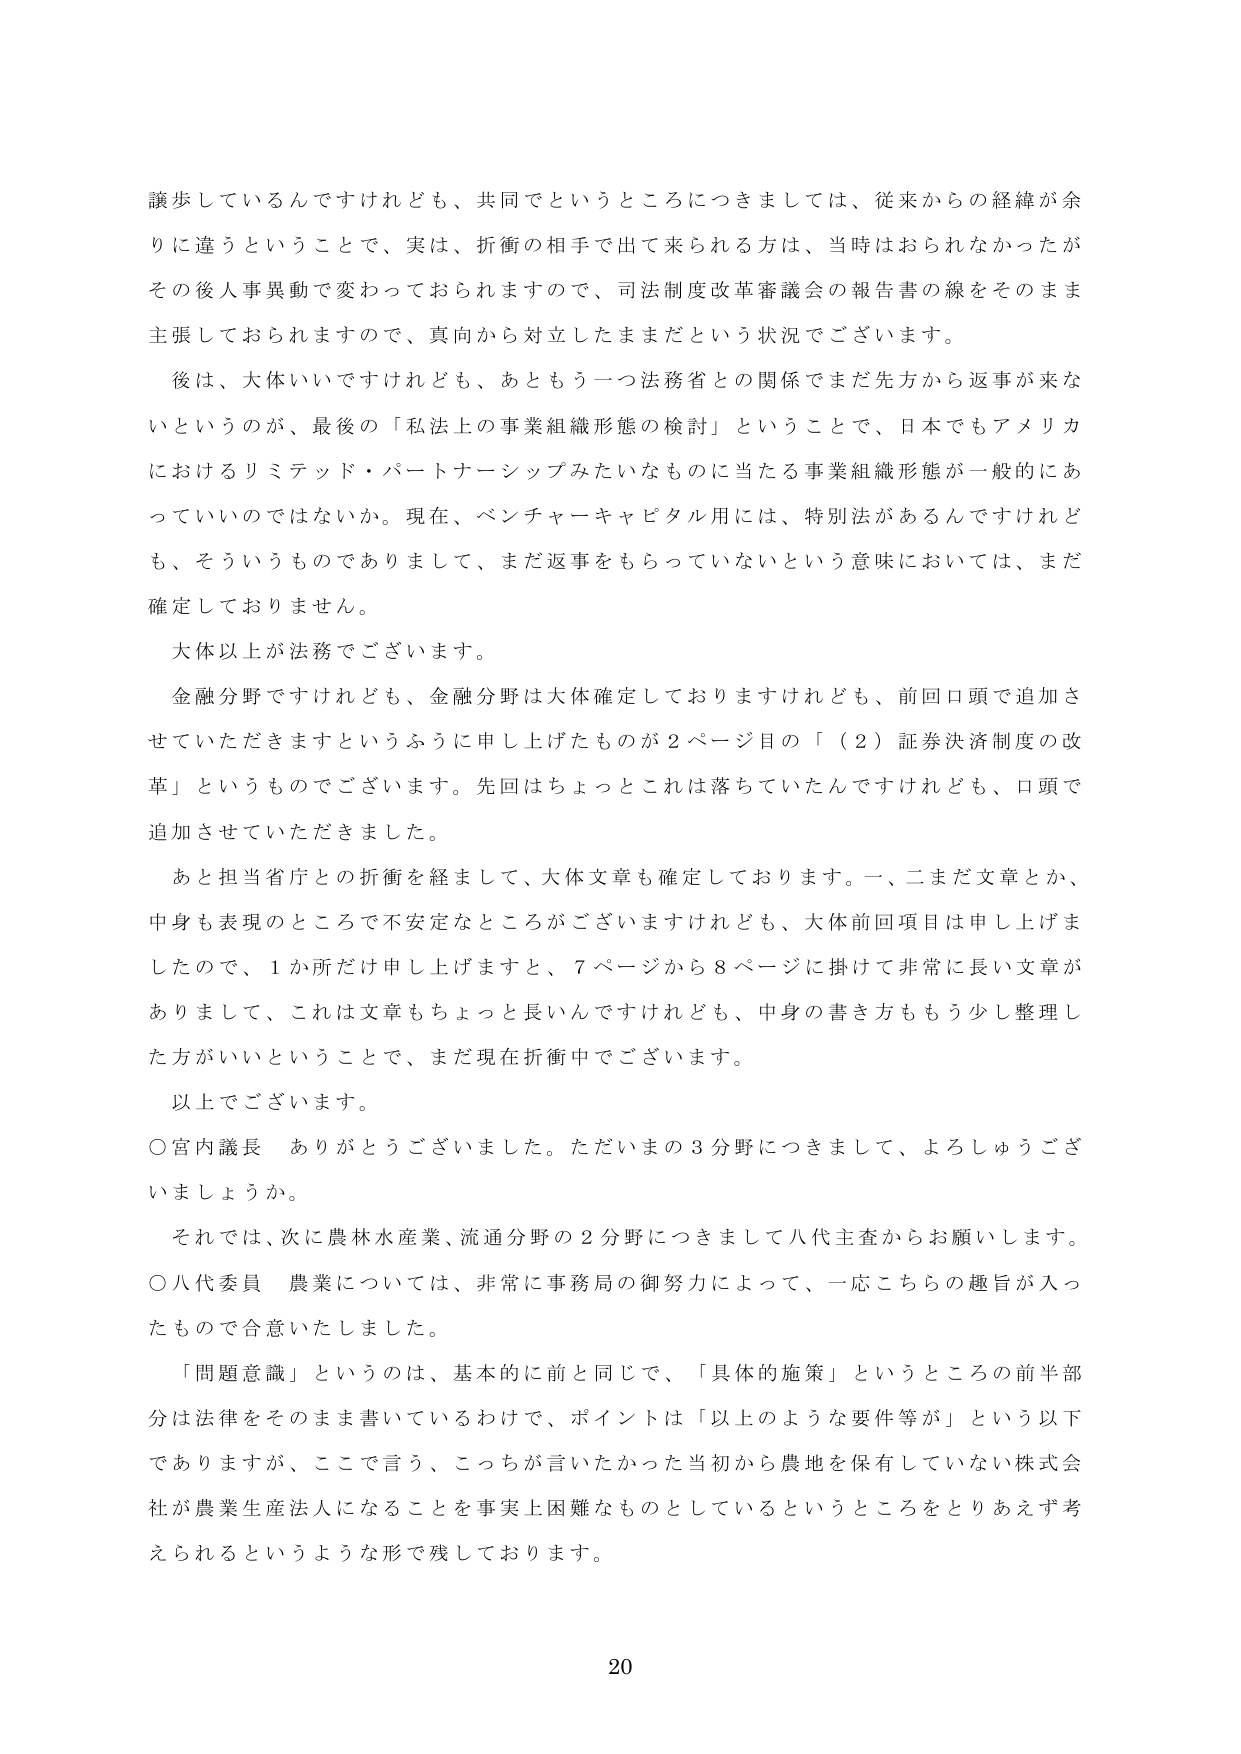
謙歩しているんですけれども、共同でというところにつきましては、従来からの経緯が余りに違うということで、実は、折衝の相手で出て来られる方は、当時はおられなかったがその後人事異動で変わっておられますので、司法制度改革審議会の報告書の線をそのまま主張しておられますので、真向から対立したままだという状況でございます。

後は、大体いいですけれども、あともう一つ法務省との関係でまだ先方から返事が来ないというのが、最後の「私法上の事業組織形態の検討」ということで、日本でもアメリカにおけるリミテッド・パートナーシップみたいなものに当たる事業組織形態が一般的にあっていいのではないのか。現在、ベンチャーキャピタル用には、特別法があるんですけれども、そういうものでありまして、まだ返事をもらっていないという意味においては、まだ確定しておりません。

大体以上が法務でございます。

金融分野ですけれども、金融分野は大体確定しておりますけれども、前回口頭で追加させていただきますというふうに申し上げたものが２ページ目の「（２）証券決済制度の改革」というものでございます。先回はちょっとこれは落ちていたんですけども、口頭で追加させていただきました。

あと担当省庁との折衝を経まして、大体文章も確定しております。一、二まだ文章とか、中身も表現のところで不安定なところがございますけれども、大体前回項目は申し上げましたので、１か所だけ申し上げますと、７ページから８ページに掛けて非常に長い文章がありまして、これは文章もちょっと長いんですけども、中身の書き方ももう少し整理した方がいいということで、まだ現在折衝中でございます。

以上でございます。

○宮内議長　ありがとうございました。ただいまの３分野につきまして、よろしゅうございましょうか。

それでは、次に農林水産業、流通分野の２分野につきまして八代主査からお願いします。

○八代委員　農業については、非常に事務局の御努力によって、一応こちらの趣旨が入ったもので合意いたしました。

「問題意識」というのは、基本的に前と同じで、「具体的施策」というところの前半部分は法律をそのまま書いているわけで、ポイントは「以上のような要件等が」という以下でありますが、ここで言う、こっちが言いたかった当初から農地を保有していない株式会社が農業生産法人になることを事実上困難なものとしているというところをとりあえず考えられるというような形で残しております。

20